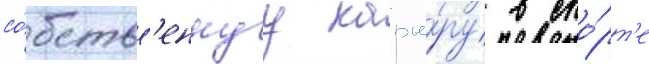
со́бств'еннуу карье́ру в спо́рт'е